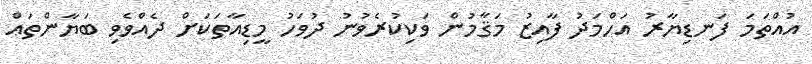
އުއްތަމަ ފަނޑިޔާރު އަހްމަދު ފާއިޒު މަޤާމުން ވަކިކުރެވުނު ދުވަހު މީޑިއާތަކަށް ދެއްވެވި ބަޔާންތައް